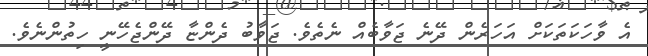
އެ ވާހަކަތަކަށް އަހަރެން ދޭނެ ޖަވާބެއް ނެތެވެ. ޖަވާބު ދެންޏާ ދޭންޖެހޭނީ ހިތުންނެވެ.